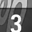
Digit: 3